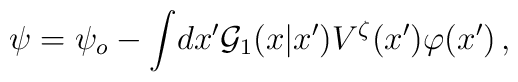
\psi = \psi_{o} - \int \!dx'{\cal G}_{1}(x|x')V^{\zeta}(x')\varphi(x')\,,